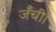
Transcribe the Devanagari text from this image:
जँची।